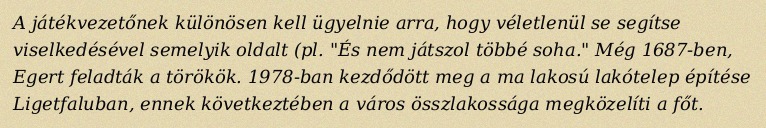
A játékvezetőnek különösen kell ügyelnie arra, hogy véletlenül se segítse viselkedésével semelyik oldalt (pl. "És nem játszol többé soha." Még 1687-ben, Egert feladták a törökök. 1978-ban kezdődött meg a ma lakosú lakótelep építése Ligetfaluban, ennek következtében a város összlakossága megközelíti a főt.